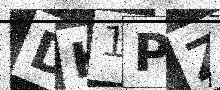
Text: DK1PZV